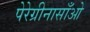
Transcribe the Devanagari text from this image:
पेरेग्रीनासाँओ